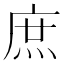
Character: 庶